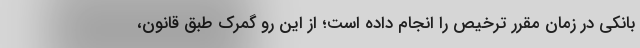
بانکی در زمان مقرر ترخیص را انجام داده است؛ از این رو گمرک طبق قانون،